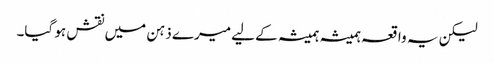
لیکن یہ واقعہ ہمیشہ ہمیشہ کے لیے میرے ذہن میں نقش ہو گیا۔